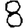
Digit: 8